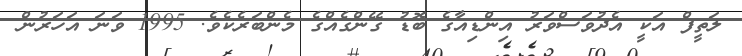
ލަތީފް އަކީ އެދުވަސްވަރު އިންޑިއާގެ ބޮޑު ގޭންގެއްގެ މެންބަރެކެވެ. 1995 ވަނަ އަހަރުން